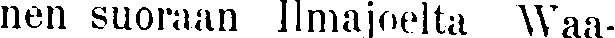
nen suoraan Ilmajoelta Waa-